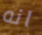
انه